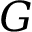
G